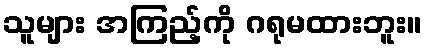
သူများ အကြည့်ကို ဂရုမထားဘူး။